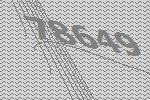
78649